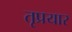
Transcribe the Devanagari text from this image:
तृप्रयार